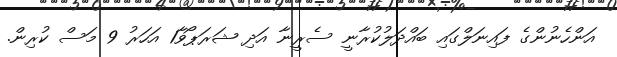
އަންހެނުންގެ ފައިނަލްގައި ބައްދަލުކުރާނީ ސެރީނާ އަދި ޝަރަޕޯވާ1 އަހަރު 9 މަސް ކުރިން.